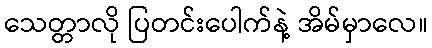
သေတ္တာလို ပြတင်းပေါက်နဲ့ အိမ်မှာလေ။